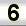
Digit: 6